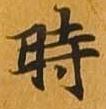
時